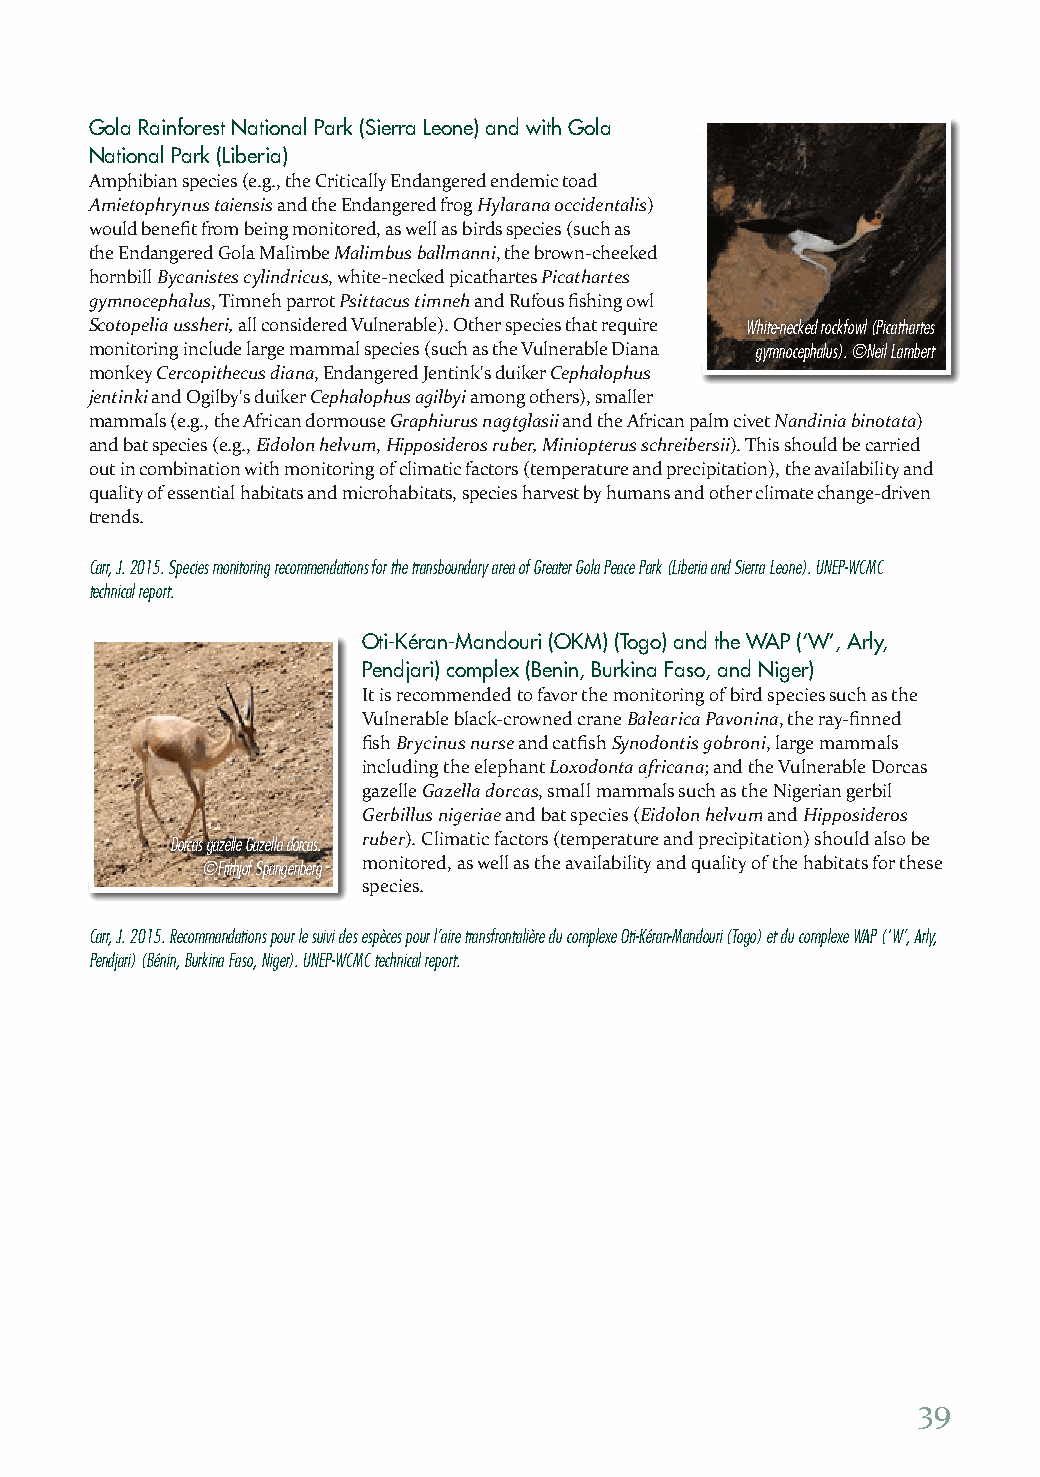
Gola Rainforest National Park (Sierra Leone) and with Gola
 National Park (Liberia)
 Amphibian species (e.g., the Critically Endangered endemic toad
 Amietophrynus taiensis and the Endangered frog Hylarana occidentalis)
 would benefit from being monitored, as well as birds species (such as
 the Endangered Gola Malimbe Malimbus ballmanni, the brown-cheeked
 hornbill Bycanistes cylindricus, white-necked picathartes Picathartes
 gymnocephalus, Timneh parrot Psittacus timneh and Rufous fishing owl
 Scotopelia ussheri, all considered Vulnerable). Other species that require White-necked rockfowl (Picathartes
 monitoring include large mammal species (such as the Vulnerable Diana gymnocephalus). ©Neil Lambert
 monkey Cercopithecus diana, Endangered Jentink's duiker Cephalophus
 jentinki and Ogilby's duiker Cephalophus agilbyi among others), smaller
 mammals (e.g., the African dormouse Graphiurus nagtglasii and the African palm civet Nandinia binotata)
 and bat species (e.g., Eidolon helvum, Hipposideros ruber, Miniopterus schreibersii). This should be carried
 out in combination with monitoring of climatic factors (temperature and precipitation), the availability and
 quality of essential habitats and microhabitats, species harvest by humans and other climate change-driven
 trends.
 Carr, J. 2015. Species monitoring recommendations for the transboundary area of Greater Gola Peace Park (Liberia and Sierra Leone). UNEP-WCMC
 technical report.
 Oti-Kéran-Mandouri (OKM) (Togo) and the WAP (‘W’, Arly,
 Pendjari) complex (Benin, Burkina Faso, and Niger)
 It is recommended to favor the monitoring of bird species such as the
 Vulnerable black-crowned crane Balearica Pavonina, the ray-finned
 fish Brycinus nurse and catfish Synodontis gobroni, large mammals
 including the elephant Loxodonta africana; and the Vulnerable Dorcas
 gazelle Gazella dorcas, small mammals such as the Nigerian gerbil
 Gerbillus nigeriae and bat species (Eidolon helvum and Hipposideros
 ruber). Climatic factors (temperature and precipitation) should also be
 Dorcas gazelle Gazella dorcas.
 monitored, as well as the availability and quality of the habitats for these
 ©Frithjof Spangenberg
 species.
 Carr, J. 2015. Recommandations pour le suivi des espèces pour l’aire transfrontalière du complexe Oti-Kéran-Mandouri (Togo) et du complexe WAP (‘W’, Arly,
 Pendjari) (Bénin, Burkina Faso, Niger). UNEP-WCMC technical report.
 39